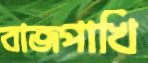
বাজপাখি